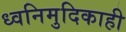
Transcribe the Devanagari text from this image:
ध्वनिमुदिकाही